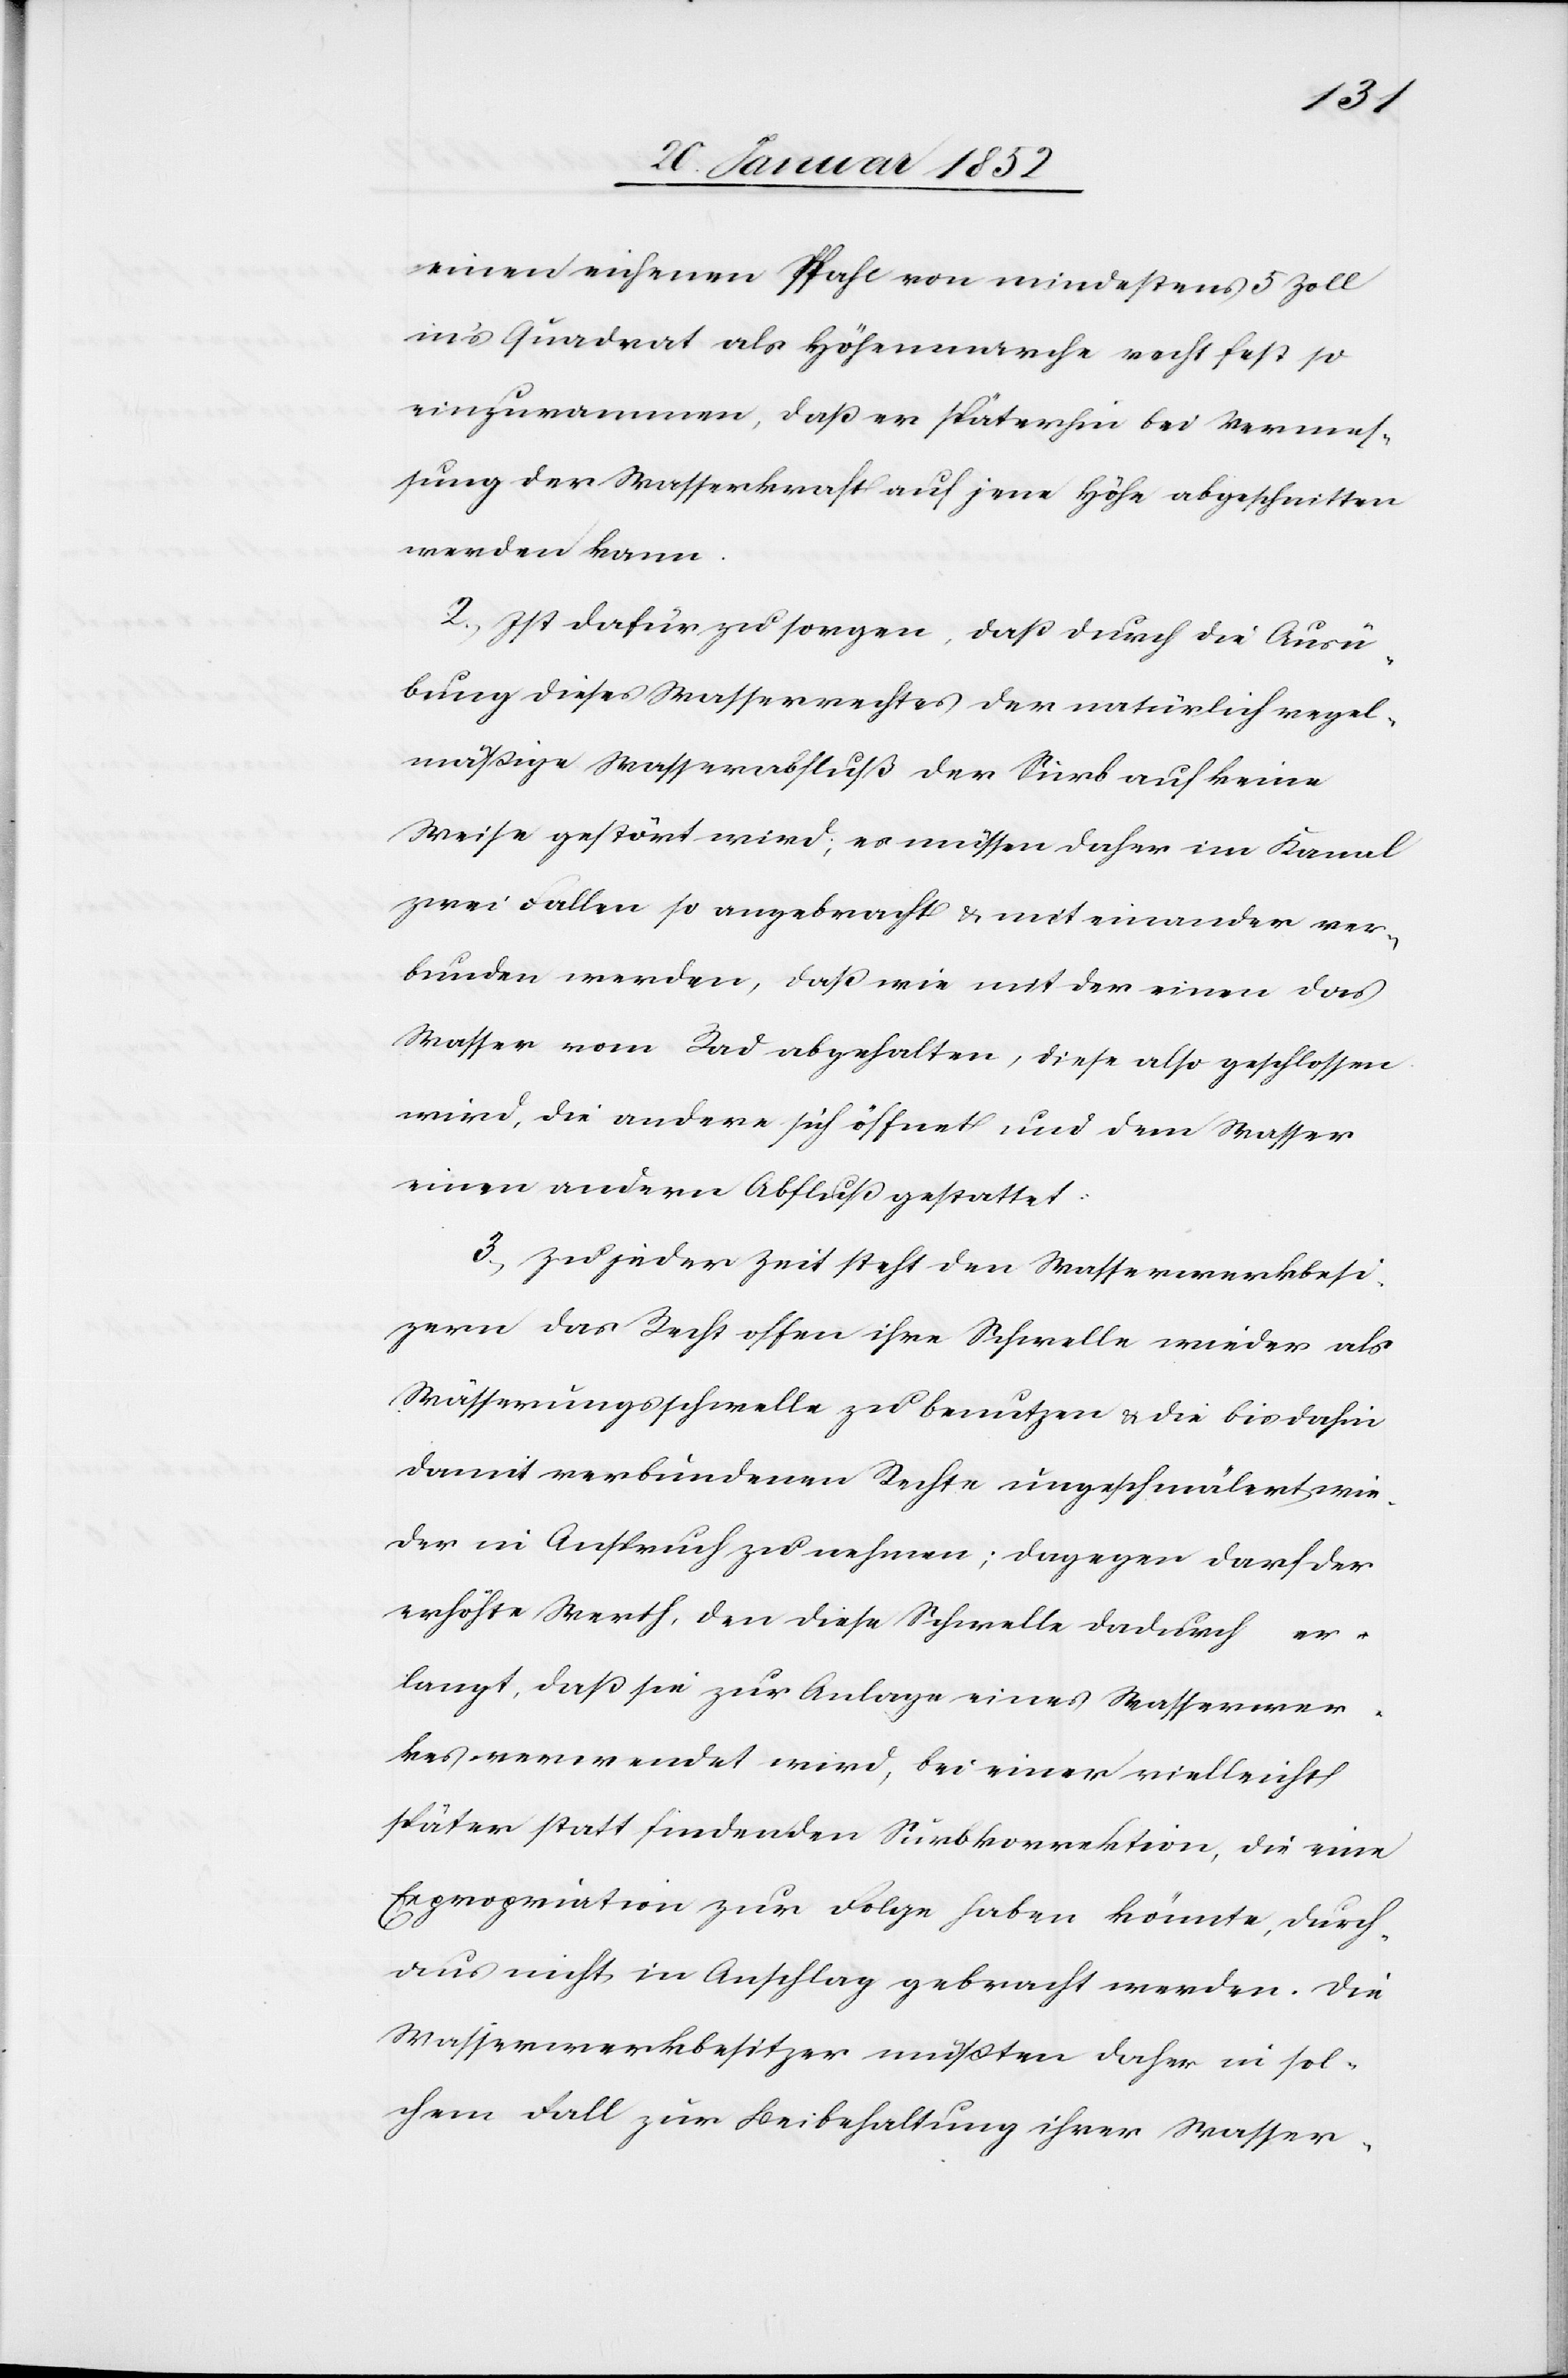
einen eichernen Pfahl von mindestens 5 Zoll
in’s Quadrat als Höhenmarche recht fest so
einzurammen, daß er späterhin bei Vermeh¬
rung der Wasserkraft auf jene Höhe abgeschnitten
werden kann.
2.) Ist dafür zu sorgen, daß durch die Ausü¬
bung dieses Wasserrechtes der natürlich regel¬
mäßige Wasserabfluß der Surb auf keine
Weise gestört wird; es müssen daher im Kanal
zwei Fallen so angebracht u. mit einander ver¬
bunden werden, daß wie mit der einen das
Wasser vom Rad abgehalten wird, diese also geschlossen
wird, die andere sich öffnet, und dem Wasser
einen andern Abfluß gestattet.
3.) Zu jeder Zeit steht den Wasserrechtsbesit¬
zern das Recht offen ihre Schwelle wieder als
Wässerungsschwelle zu benutzen u. die bis dahin
damit verbundenen Rechte eingeschmälert wie¬
der in Anspruch zu nehmen; dagegen darf der
erhöhte Werth, den diese Schwelle dadurch er¬
langt, daß sie zur Anlage eines Wasserwer¬
kes verwendet wird, bei einer vielleicht
später statt findenden Surbkorrektion, die eine
Expropriation zur Folge haben könnte, durch¬
aus nicht in Anschlag gebracht werden. Die
Wasserwerksbesitzer müßten daher in sol¬
chem Fall zur Beibehaltung ihrer Wasser-